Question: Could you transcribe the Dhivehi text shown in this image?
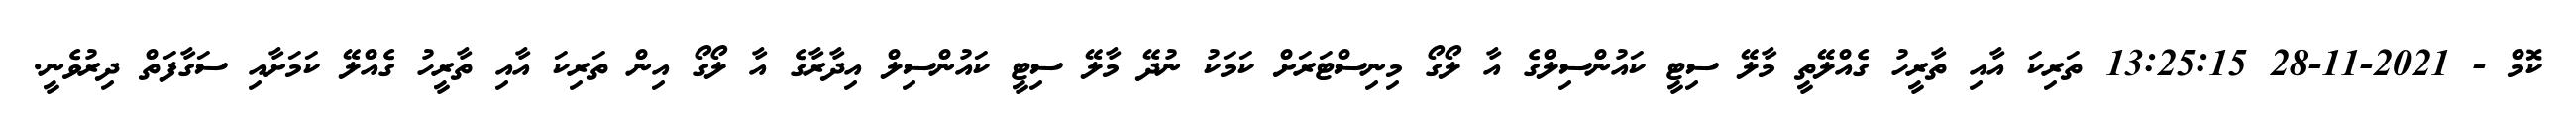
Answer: ކޮމް - 2021-11-28 13:25:15 ތަރިކަ އާއި ތާރީހު ގެއްލޭތީ މާލޭ ސިޓީ ކައުންސިލްގެ އާ ލޯގޯ މިނިސްޓަރަށް ކަމަކު ނުދޭ މާލޭ ސިޓީ ކައުންސިލް އިދާރާގެ އާ ލޯގޯ އިން ތަރިކަ އާއި ތާރީހު ގެއްލޭ ކަމަށާއި ސަގާފަތް ދިރުވެނީ.